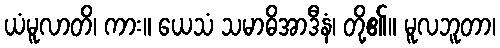
ယံမူလာတိ၊ ကား။ ယေသံ သမာဓိအာဒီနံ၊ တို့၏။ မူလဘူတာ၊